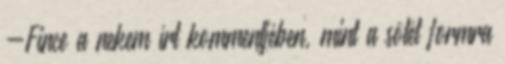
-Fince a nekem írt kommentjében, mint a sötét formra